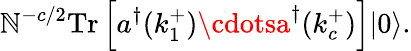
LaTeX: \mathbb{N}^{-c/2}\mathrm{{Tr}}\left[a^{\dagger}(k_{1}^{+})\cdotsa^{\dagger}(k_{c}^{+})\right]|0\rangle.